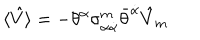
LaTeX: \langle \hat { V } \rangle = - \theta ^ { \alpha } \sigma _ { \alpha \dot { \alpha } } ^ { m } \bar { \theta } ^ { \dot { \alpha } } \hat { V } _ { m }